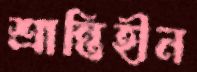
শ্রান্তিহীন